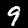
Label: 9